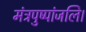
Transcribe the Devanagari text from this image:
मंत्रपुष्पांजलि।